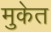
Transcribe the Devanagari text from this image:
मुकेत